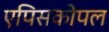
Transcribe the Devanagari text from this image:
एपिसकोपल